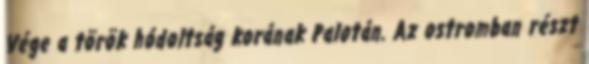
Vége a török hódoltság korának Palotán. Az ostromban részt